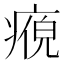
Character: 𭼘